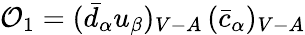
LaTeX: {\cal O}_{1}=(\bar{d}_{\alpha}u_{\beta})_{V-A}\, (\bar{c}_{\alpha})_{V-A}